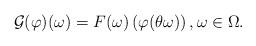
LaTeX: \begin{align*} \mathcal G (\varphi ) (\omega) = F( \omega) \left( \varphi (\theta \omega)\right) , \omega \in \Omega.\end{align*}